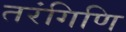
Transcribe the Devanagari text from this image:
तरंगिणि